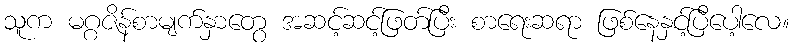
သူက မဂ္ဂဇိန်စာမျက်နှာတွေ အဆင့်ဆင့်ဖြတ်ပြီး စာရေးဆရာ ဖြစ်နေနှင့်ပြီပေါ့လေ။